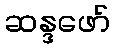
ဆန္ဒဖော်